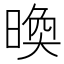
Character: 㬇